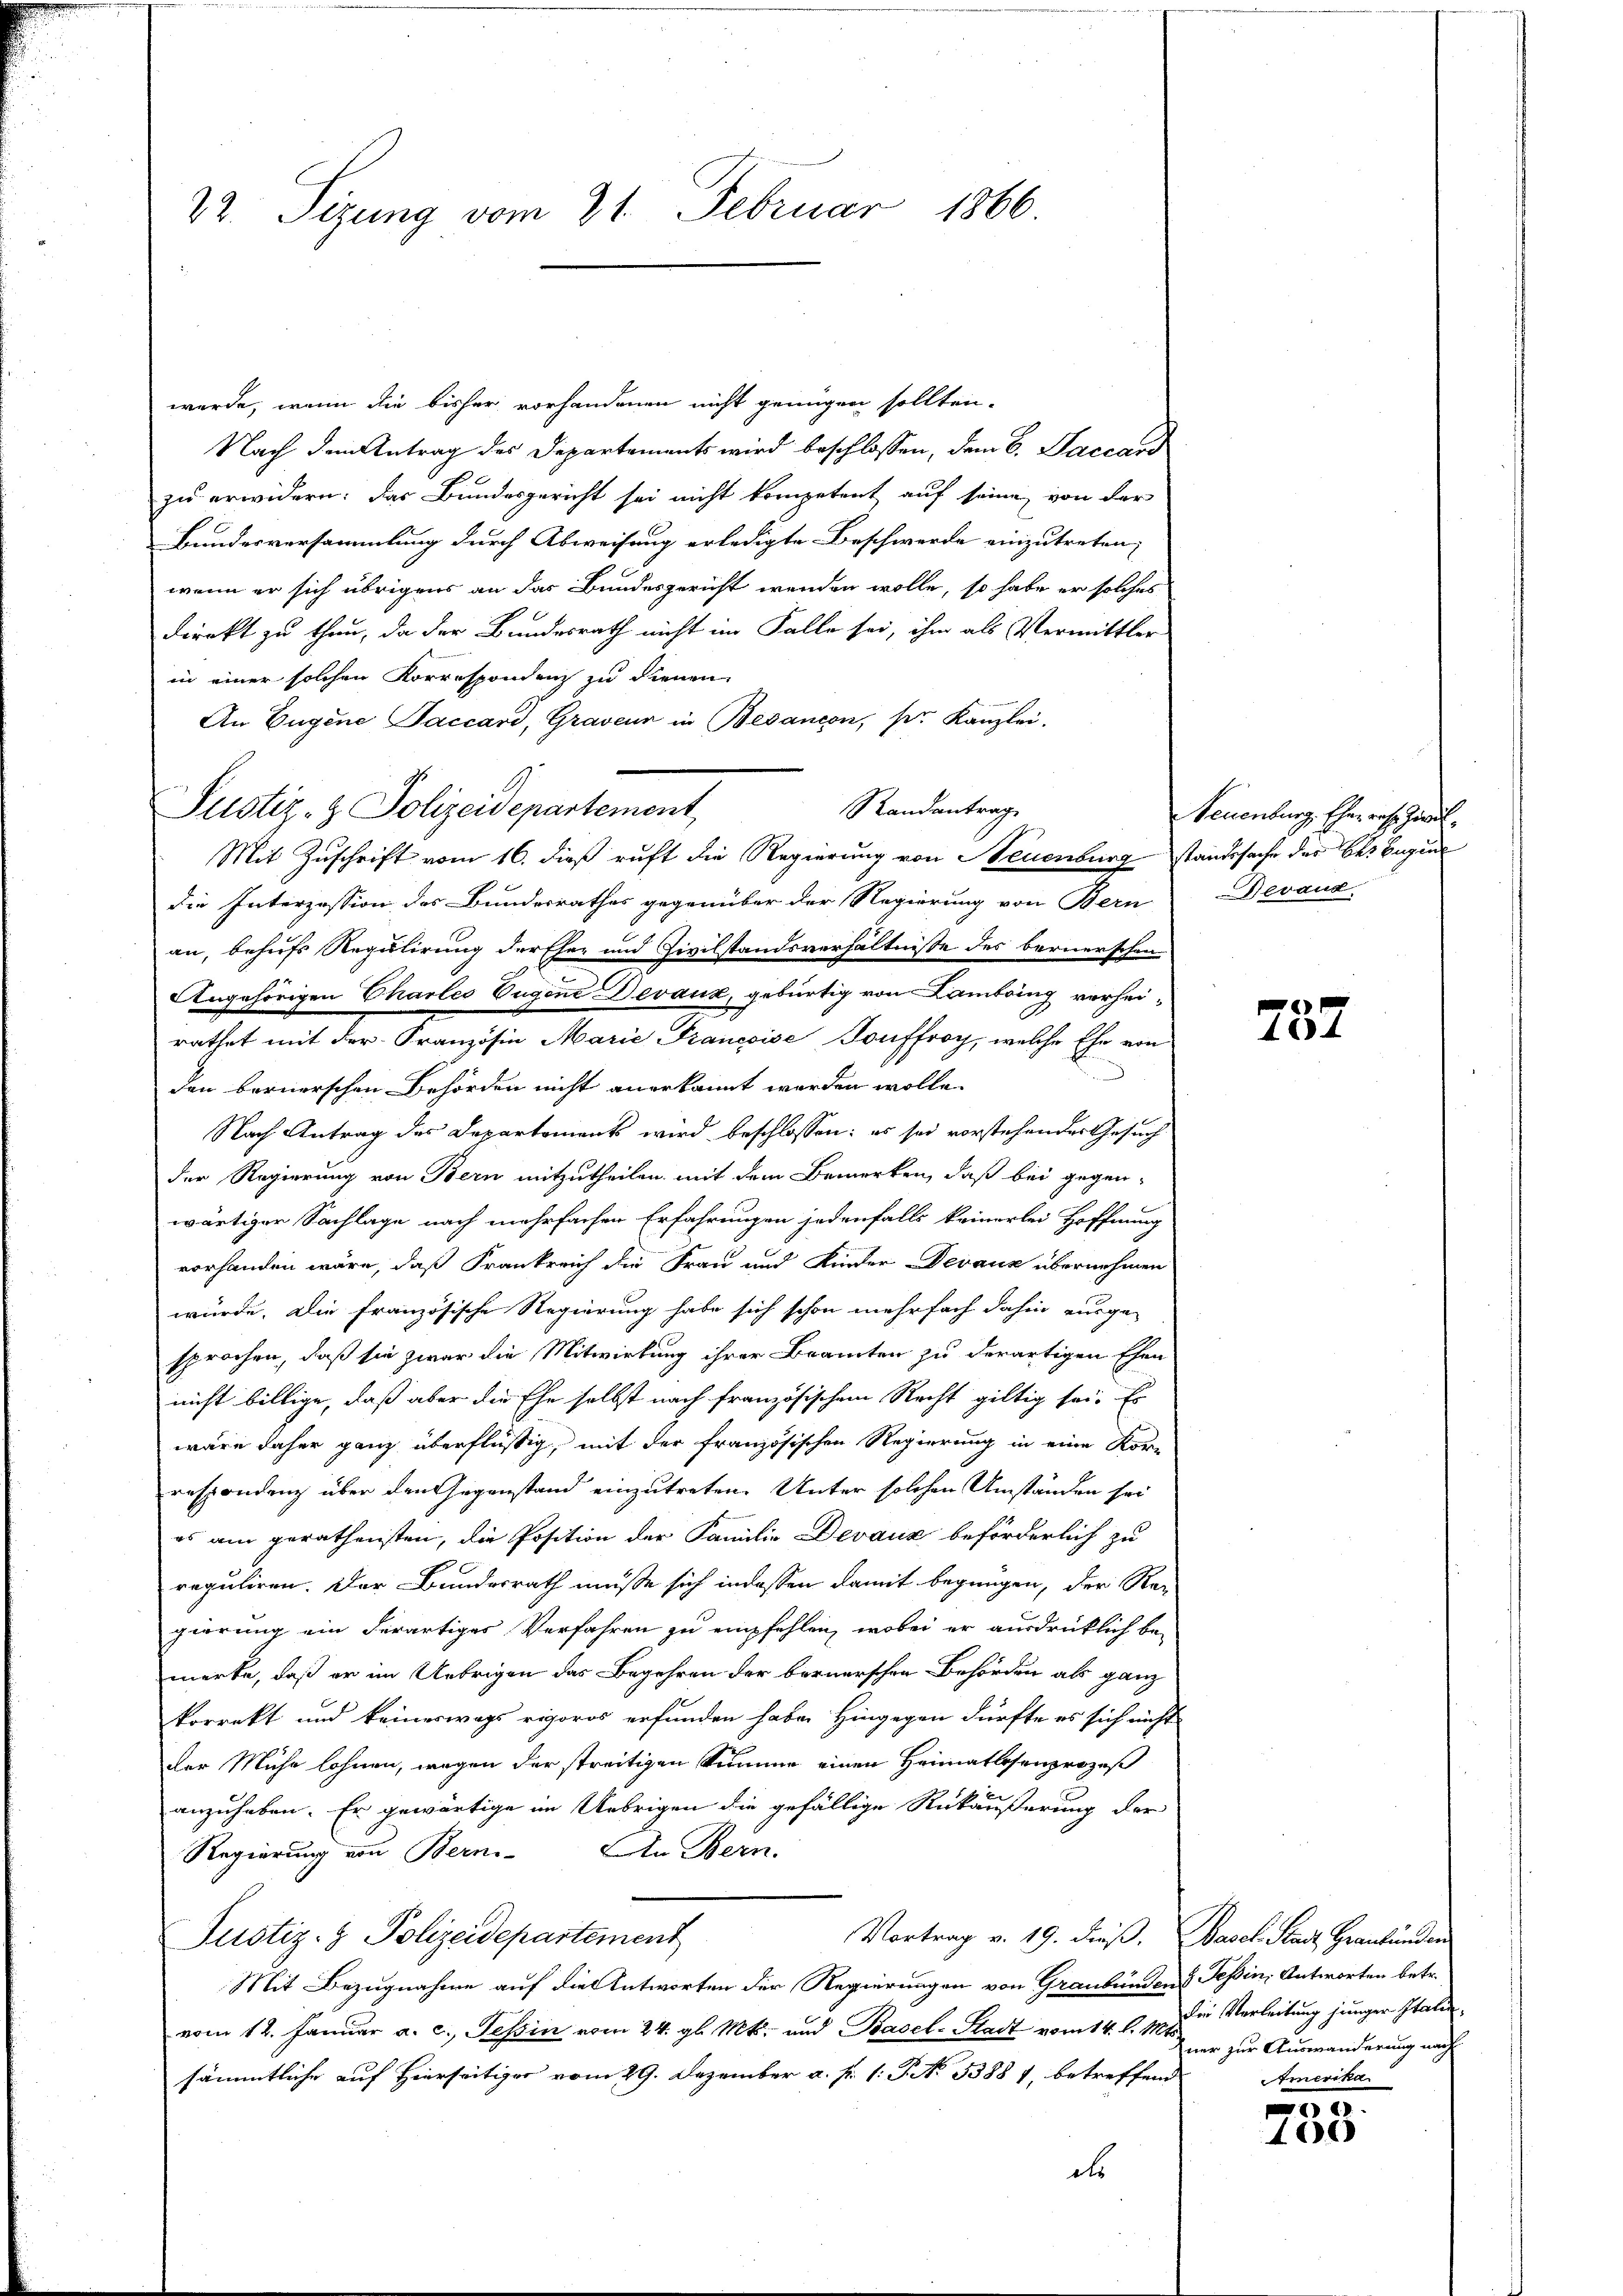
22. Sizung vom 21. Februar 1866.

Justiz- & Polizeidepartement,

werde, wenn die bisher vorhandenen nicht genügen sollten.
Nach dem Antrag des Departements wird beschlossen, dem 6. Jaccar
zu erwidern: Das Bundesgericht sei nicht kompetent auf seine von der
Bundesversammlung durch Abweisung erledigte Beschwerde einzutreten,
wenn er sich übrigens an das Bundesgericht wenden wolle, so habe er solches
direkt zu thun, da der Bundesrath nicht im Falle sei, ihm als Vermittler
in einer solchen Korrespondenz zu dienen
An Eugene Saccard, Graveur in Besançon, ser Kanzlei.
Randantrag
Mit Zuschrift vom 16. dieß ruft die Regierung von Neuenburg standssache des bei Eugen
die Interzession des Bundesrathes gegenüber der Regierung von Bern
an, behufs Regulirung der Eher und Zivilstandsverhältnisse des bernerschen
Angehörigen Charles Eugene Devauk, gebürtig von Lambring vorheirathet mit der Französin Marie Francoise Souffroy, welche Ehe von
d
den bernerschen Behörden nicht anerkannt werden wolle.
Nach Antrag des Departements wird beschlossen: es sei vorstehendes Gesuch
der Regierung von Bern mitzutheilen, mit dem Bemerken, daß bei gegen-
wärtiger Sachlage nach mehrfachen Erfahrungen jedenfalls keinerlei Hoffnung
vorhanden wäre, daß Frankreich die Frau und Kinder Devanz übernehmen
würde. Die französische Regierung habe sich schon mehrfach dahin ausge-
sprochen, daß sie zwar die Mitwirkung ihrer Beamten zu derartigen Ehen
nicht billige, daß aber die Ehe selbst nach französischem Recht giltig sei. Es
wäre daher ganz überflüßig, mit der französischen Regierung in eine Kor-
respondenz über den Gegenstand einzutreten. Unter solchen Umständen sei
es am gerathensten, die Position der Familie Devaux beförderlich zu
reguliren. Der Bundesrath müsse sich indessen damit begnügen, der Reg
gierung ein derartiges Verfahren zu empfehlen, wobei er ausdrücklich be-
merke, daß er im Uebrigen das Begehren der bernerschen Behörden als ganz
korrekt und keineswegs rigoros erfunden habe. Hingegen dürfte es sich nicht
der Mühe lohnen, wegen der streitigen Summe einen Heimatlosenprozeß
anzuheben. Er gewärtige im Uebrigen die gefällige Rükäußerung der
An Bern.
Regierung von Bern
Vortrag v. 19. dieß. Basel. Stadt Graubünden
Justiz- & Polizeidepartement
Mit Bezugnahme auf die Antworten der Regierungen von Graubünden Tessin, Antworten betr.
vom 12. Januar a. c. Tessin vom 24. gl. Mts. und Basel-Stadt vom 14. d. 17. die Verleitung junger Italie
sämmtliche auf Hierseitiger vom 29. Dezember a. p. 1. P. N. 33887, betreffend
als

Neuenburg, Eher roh. Zivil¬
Devaux

e
404

ner zur Auswanderung nach
Amerika

.
100